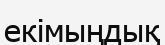
екімыңдық